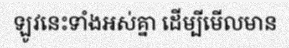
ឡូវនេះទាំងអស់គ្នា ដើម្បីមើលមាន